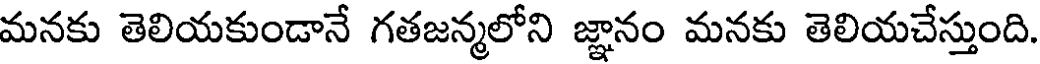
మనకు తెలియకుండానే గతజన్మలోని జ్ఞానం మనకు తెలియచేస్తుంది